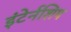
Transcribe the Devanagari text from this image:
इंटेर्नशिप